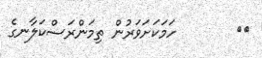
١٥        ހަމަކަށަވަރުން ތިމަންރަސްކަލާނގެ